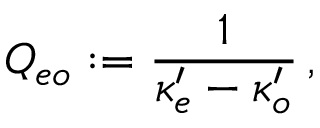
Q _ { e o } : = { \frac { 1 } { \kappa _ { e } ^ { \prime } - \kappa _ { o } ^ { \prime } } } \, ,